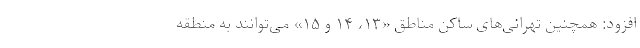
افزود: همچنین تهرانی‌های ساکن مناطق «۱۳، ۱۴ و ۱۵» می‌توانند به منطقه